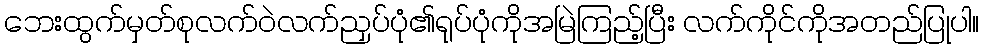
ဘေးထွက်မှတ်စုလက်ဝဲလက်ညှပ်ပုံ၏ရုပ်ပုံကိုအမြဲကြည့်ပြီး လက်ကိုင်ကိုအတည်ပြုပါ။